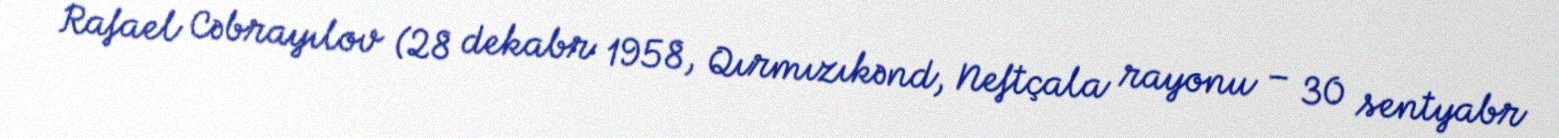
Rafael Cəbrayılov (28 dekabr 1958, Qırmızıkənd, Neftçala rayonu – 30 sentyabr